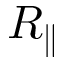
R _ { \parallel }